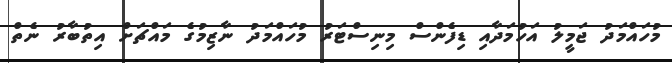
މުހައްމަދު ޖަމީލު އަހުމަދާއި ޑިފެންސް މިނިސްޓަރު މުހައްމަދު ނާޒިމުގެ މައްޗަށް އިތުބާރު ނެތް